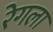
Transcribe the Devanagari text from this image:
रेगला